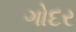
ગોદર